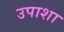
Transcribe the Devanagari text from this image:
उपाशा